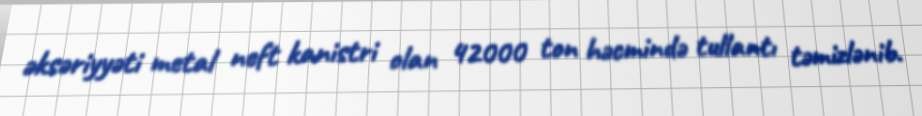
əksəriyyəti metal neft kanistri olan 42000 ton həcmində tullantı təmizlənib.